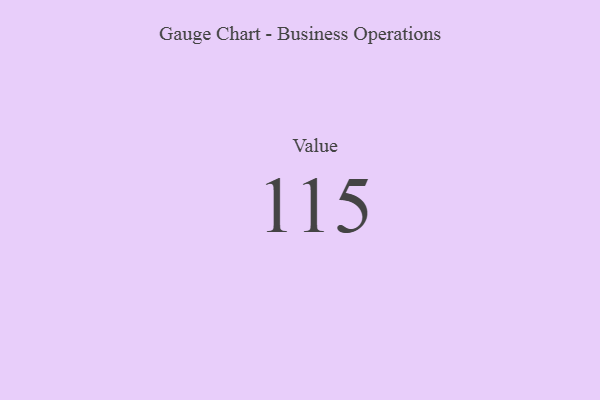
{"axis": {"x": "Metric", "y": "Value"}, "legend": [""], "data": [{"x": "Value", "y": 115, "type": ""}]}